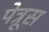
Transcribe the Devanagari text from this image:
पेत्रूस